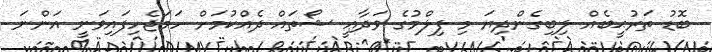
ބޮޑު ތަރުޙީބެއް ލިބިގެންދިޔަ މި ފިލްމުގެ ވަދާޢީ ޝޯތައް ދެއްކުމަށް ހަމަޖެހިފައިވަނީ އަންނަ